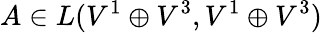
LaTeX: A\in L(V^{1}\oplus V^{3},V^{1}\oplus V^{3})